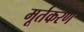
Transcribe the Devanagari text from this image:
मूर्तकरण